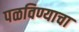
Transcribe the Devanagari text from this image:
पळविण्याचा